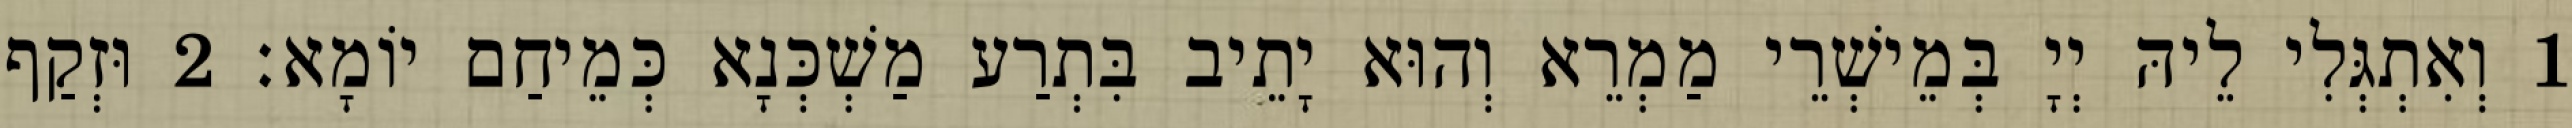
1 וְאִתְגְּלִי לֵיהּ יְיָ בְּמֵישְׁרֵי מַמְרֵא וְהוּא יָתֵיב בִּתְרַע מַשְׁכְּנָא כְּמֵיחַם יוֹמָא׃ 2 וּזְקַף